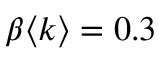
\beta \langle k \rangle = 0 . 3